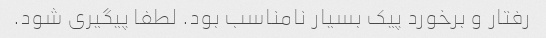
رفتار و برخورد پیک بسیار نامناسب بود. لطفا پیگیری شود.